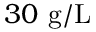
3 0 ~ \mathrm { g / L }